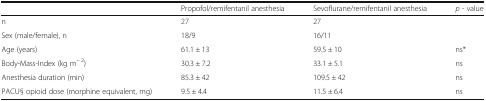
|  | Propofol/remifentanil anesthesia | Sevoflurane/remifentanil anesthesia | p - value |
 | --- | --- | --- | --- |
 | n | 27 | 27 |  |
 | Sex (male/female), n | 18/9 | 16/11 |  |
 | Age (years) | 61.1 ± 13 | 59.5 ± 10 | ns* |
 | Body-Mass-Index (kg m− 2) | 30.3 ± 7.2 | 33.1 ± 5.1 | ns |
 | Anesthesia duration (min) | 85.3 ± 42 | 109.5 ± 42 | ns |
 | PACU§ opioid dose (morphine equivalent, mg) | 9.5 ± 4.4 | 11.5 ± 6.4 | ns |